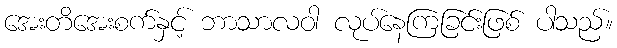
အေးတိအေးစက်နှင့် ဘာသာလဝါ လုပ်နေကြခြင်းဖြစ် ပါသည်။